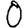
Digit: 0